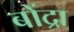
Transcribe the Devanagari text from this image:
बोंद्रा